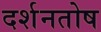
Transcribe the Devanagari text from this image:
दर्शनतोष